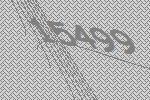
15499